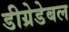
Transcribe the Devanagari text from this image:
डीग्रेडेबल